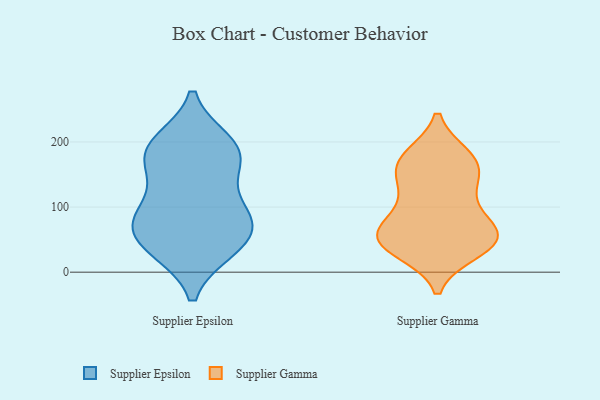
{"axis": {"x": "LTV (USD)", "y": "Value"}, "legend": ["Supplier Epsilon", "Supplier Gamma"], "data": [{"x": "", "y": 184, "type": "Supplier Epsilon"}, {"x": "", "y": 162, "type": "Supplier Epsilon"}, {"x": "", "y": 38, "type": "Supplier Epsilon"}, {"x": "", "y": 35, "type": "Supplier Epsilon"}, {"x": "", "y": 144, "type": "Supplier Epsilon"}, {"x": "", "y": 192, "type": "Supplier Epsilon"}, {"x": "", "y": 92, "type": "Supplier Epsilon"}, {"x": "", "y": 71, "type": "Supplier Epsilon"}, {"x": "", "y": 85, "type": "Supplier Epsilon"}, {"x": "", "y": 36, "type": "Supplier Epsilon"}, {"x": "", "y": 70, "type": "Supplier Epsilon"}, {"x": "", "y": 190, "type": "Supplier Epsilon"}, {"x": "", "y": 87, "type": "Supplier Epsilon"}, {"x": "", "y": 199, "type": "Supplier Epsilon"}, {"x": "", "y": 174, "type": "Supplier Gamma"}, {"x": "", "y": 52, "type": "Supplier Gamma"}, {"x": "", "y": 50, "type": "Supplier Gamma"}, {"x": "", "y": 81, "type": "Supplier Gamma"}, {"x": "", "y": 55, "type": "Supplier Gamma"}, {"x": "", "y": 177, "type": "Supplier Gamma"}, {"x": "", "y": 129, "type": "Supplier Gamma"}, {"x": "", "y": 48, "type": "Supplier Gamma"}, {"x": "", "y": 33, "type": "Supplier Gamma"}, {"x": "", "y": 52, "type": "Supplier Gamma"}, {"x": "", "y": 147, "type": "Supplier Gamma"}, {"x": "", "y": 40, "type": "Supplier Gamma"}, {"x": "", "y": 163, "type": "Supplier Gamma"}, {"x": "", "y": 114, "type": "Supplier Gamma"}, {"x": "", "y": 172, "type": "Supplier Gamma"}, {"x": "", "y": 78, "type": "Supplier Gamma"}]}